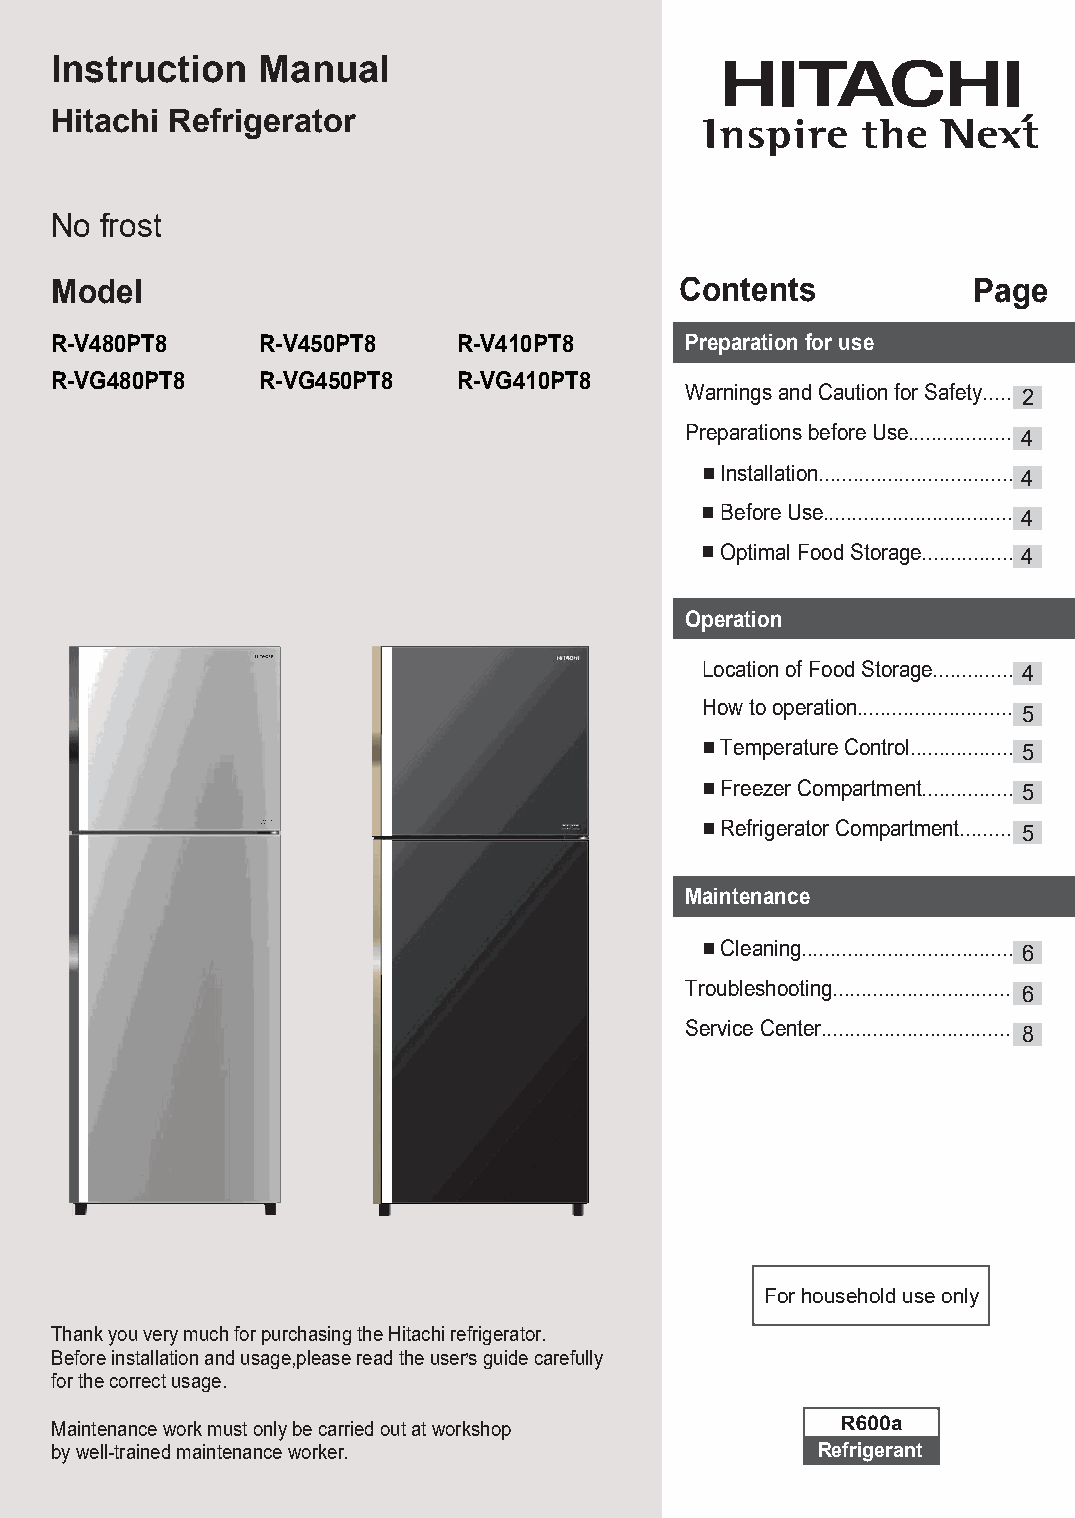
Instruction   Manual
 Hitachi Refrigerator
 No  frost
 Model                                     Contents           Page
 R-V480PT8     R-V450PT8    R-V410PT8      Preparation for use
 R-VG480PT8    R-VG450PT8   R-VG410PT8
 Warnings and Caution for Safety.......2
 Preparations before Use...................4
 Installation.................................. 4
 Before Use................................. 4
 Optimal Food Storage................ 4
 Operation
 Location of Food Storage.............. 4
 How to operation...........................
 5
 Temperature Control.................. 5
 Freezer Compartment................ 5
 Refrigerator Compartment......... 5
 Maintenance
 Cleaning..................................... 6
 Troubleshooting...............................
 6
 Service Center.................................
 8
 For household use only
 Thank you very much for purchasing the Hitachi refrigerator.
 Before installation and usage,please read the user’s guide carefully
 for the correct usage.
 Maintenance work must only be carried out at workshop
 by well-trained maintenance worker.                Refrigerant